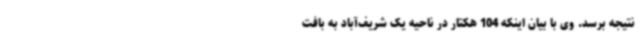
نتیجه برسد. وی با بیان اینکه 104 هکتار در ناحیه یک شریف‌آباد به بافت